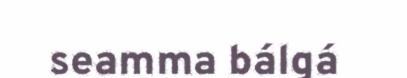
seamma bálgá